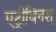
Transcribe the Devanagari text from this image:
एट्रीबिनश्